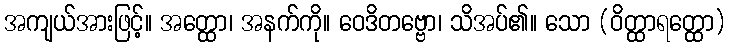
အကျယ်အားဖြင့်။ အတ္ထော၊ အနက်ကို။ ဝေဒိတဗ္ဗော၊ သိအပ်၏။ သော (ဝိတ္ထာရတ္ထော)